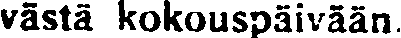
västä kokouspäivään.